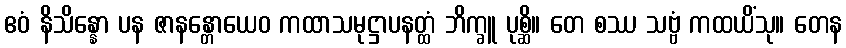
ဧဝံ နိသိန္နော ပန ဇာနန္တောယေဝ ကထာသမုဋ္ဌာပနတ္ထံ ဘိက္ခူ ပုစ္ဆိ။ တေ စဿ သဗ္ဗံ ကထယိံသု။ တေန